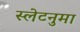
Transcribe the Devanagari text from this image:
स्लेटनुमा